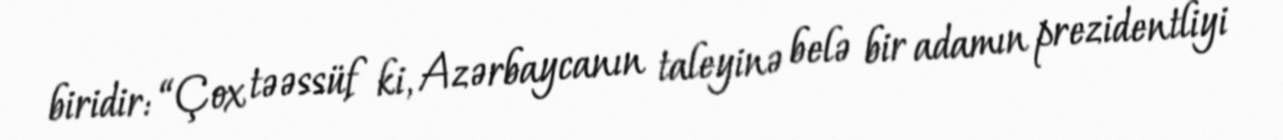
biridir: “Çox təəssüf ki, Azərbaycanın taleyinə belə bir adamın prezidentliyi